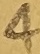
Text: 4